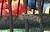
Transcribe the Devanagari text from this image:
कॉरडेटस